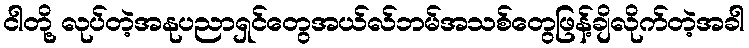
ငါတို့ လုပ်တဲ့အနုပညာရှင်တွေအယ်လ်ဘမ်အသစ်တွေဖြန့်ချိလိုက်တဲ့အခါ